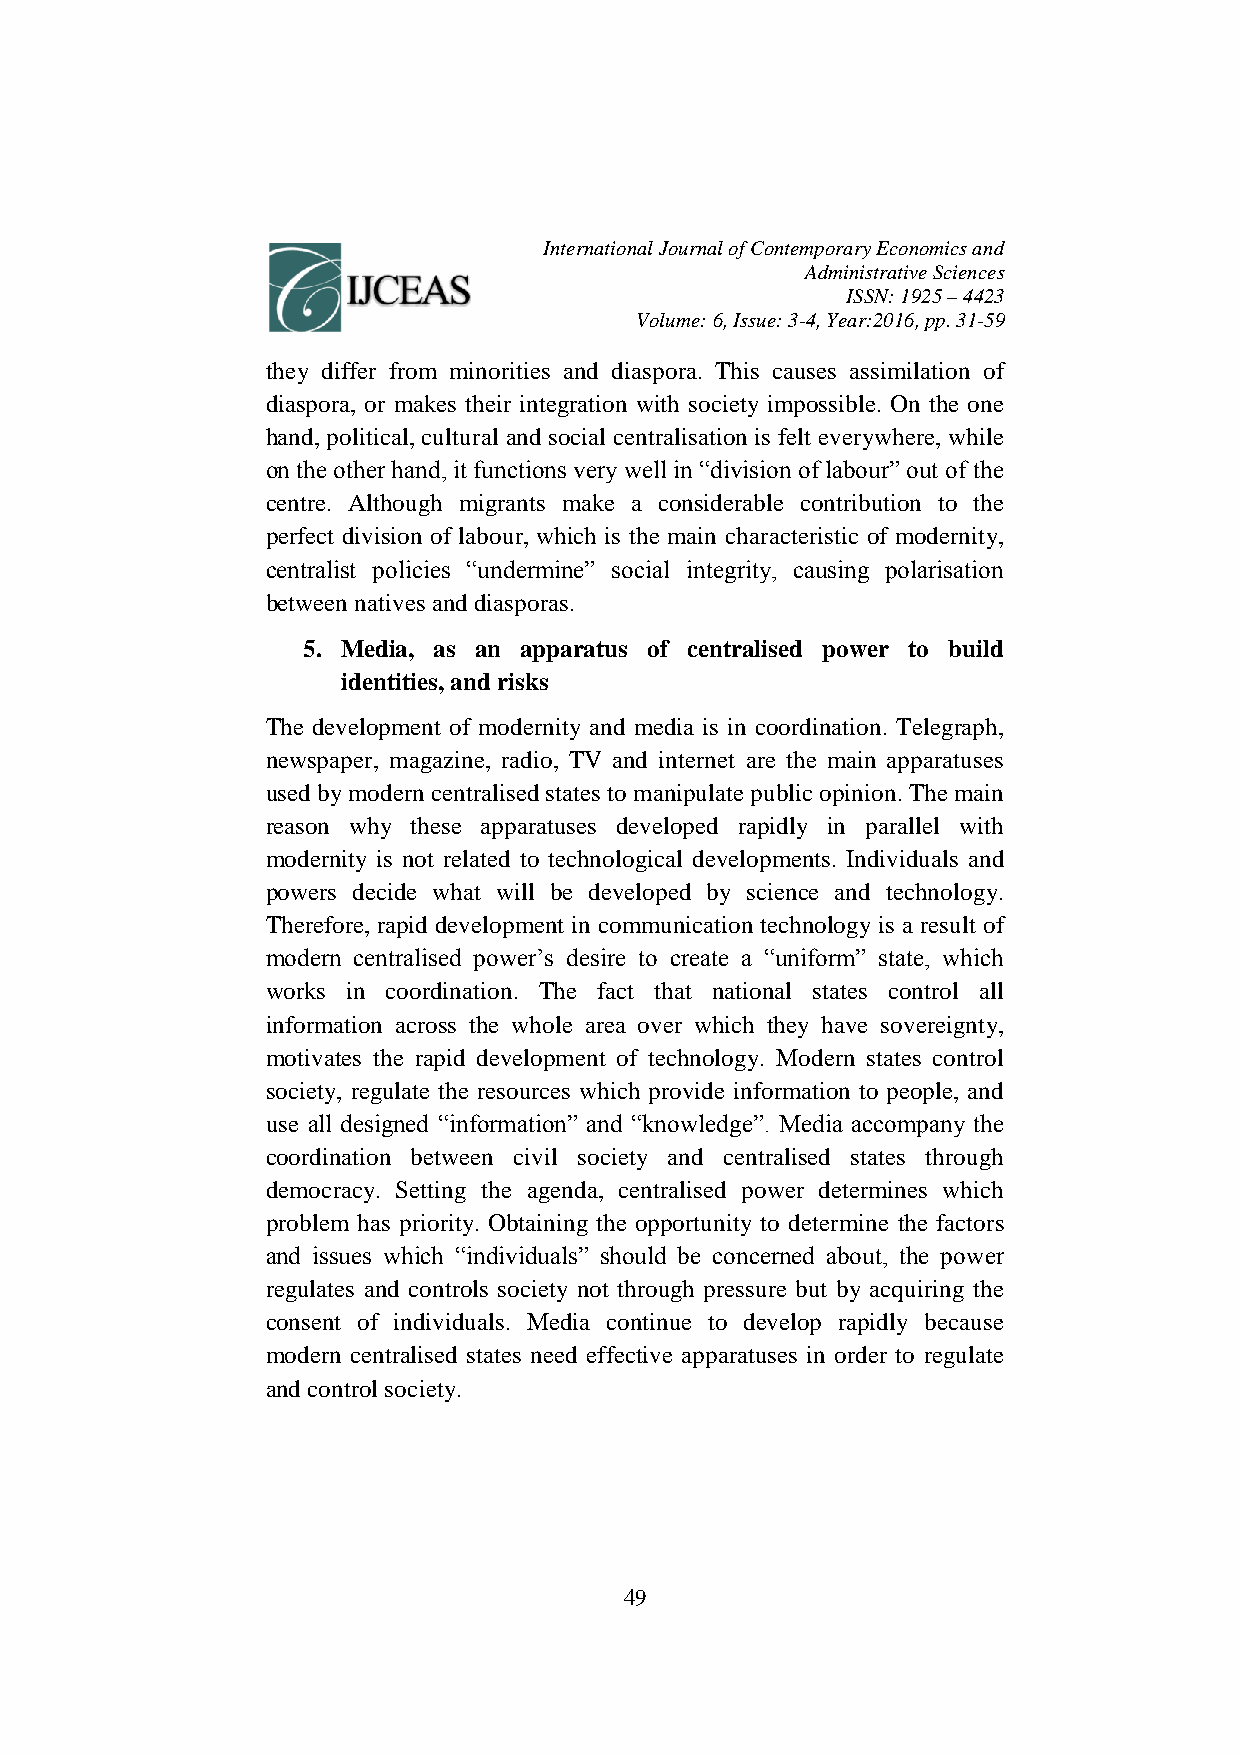
International Journal of Contemporary Economics and
 Administrative Sciences
 ISSN: 1925 – 4423
 Volume: 6, Issue: 3-4, Year:2016, pp. 31-59
 they differ from minorities and diaspora. This causes assimilation of
 diaspora, or makes their integration with society impossible. On the one
 hand, political, cultural and social centralisation is felt everywhere, while
 on the other hand, it functions very well in “division of labour” out of the
 centre. Although migrants make a considerable contribution to the
 perfect division of labour, which is the main characteristic of modernity,
 centralist policies “undermine” social integrity, causing polarisation
 between natives and diasporas.
 5. Media, as an apparatus of centralised power to build
 identities, and risks
 The development of modernity and media is in coordination. Telegraph,
 newspaper, magazine, radio, TV and internet are the main apparatuses
 used by modern centralised states to manipulate public opinion. The main
 reason why these apparatuses developed rapidly in parallel with
 modernity is not related to technological developments. Individuals and
 powers decide what will be developed by science and technology.
 Therefore, rapid development in communication technology is a result of
 modern centralised power’s desire to create a “uniform” state, which
 works in coordination. The fact that national states control all
 information across the whole area over which they have sovereignty,
 motivates the rapid development of technology. Modern states control
 society, regulate the resources which provide information to people, and
 use all designed “information” and “knowledge”. Media accompany the
 coordination between civil society and centralised states through
 democracy. Setting the agenda, centralised power determines which
 problem has priority. Obtaining the opportunity to determine the factors
 and issues which “individuals” should be concerned about, the power
 regulates and controls society not through pressure but by acquiring the
 consent of individuals. Media continue to develop rapidly because
 modern centralised states need effective apparatuses in order to regulate
 and control society.
 49